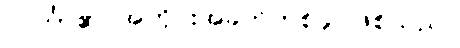
လင်္ကာ၏ အကိုင်းအခက်တစ်ခု ဖြစ်သည်။